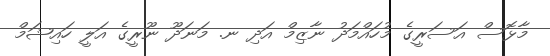
މާޅޮސް އަސަރީގެ މުހައްމަދު ނާޒިމް އަދި ނ. މަނަދޫ ނޫރީގެ އަލީ ހައިޝަމް